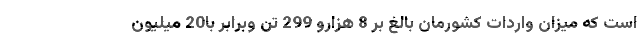
است که میزان واردات کشورمان بالغ بر 8 هزارو 299 تن وبرابر با20 میلیون